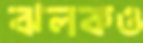
ঝলকও